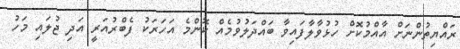
ރައްޔިތުންނަށް އާއްމުކޮށް ހުޅުވާލާފައިވާ ބައްދަލުވުމެއް ކޮންމެ އަހަރަކު ފެބްރުއަރީ އަދި ޖުލައި މަހު